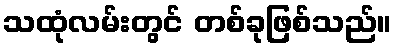
သထုံလမ်းတွင် တစ်ခုဖြစ်သည်။